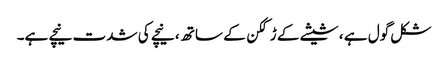
شکل گول ہے ، شیشے کے ڑککن کے ساتھ ، نیچے کی شدت نیچے ہے۔